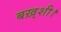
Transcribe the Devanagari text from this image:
बख़्शी।